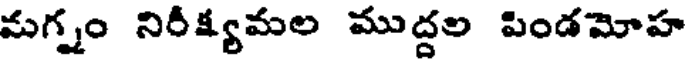
మగ్నం నిరీక్ష్యమల ముద్దల పిండమోహ